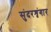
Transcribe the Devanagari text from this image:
सुंदरशृंगार